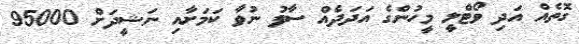
ގޮތެއް އަދި ވޯޓްލީ މީހުންގެ އަދަދެއް ސާފު ނުވާ ކަމަށާއި ނަޝީދަށް 95000